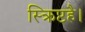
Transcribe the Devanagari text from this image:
स्क्रिप्टहै।